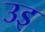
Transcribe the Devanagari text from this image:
उइ